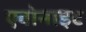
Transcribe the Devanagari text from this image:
एबोनाइट